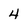
Character: 4